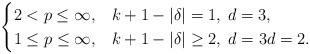
LaTeX: \begin{align*} \begin{cases} 2 < p \le \infty, & k+1-|\delta| = 1, \; d = 3,\\ 1 \le p \le \infty, & k+1-|\delta| \ge 2, \; d=3 d= 2. \end{cases} \end{align*}